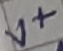
Text: V+